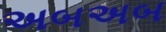
અબઅબ